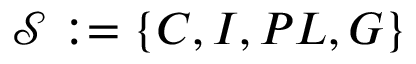
\mathcal { S } : = \{ C , I , P L , G \}